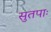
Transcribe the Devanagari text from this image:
सुतपाः